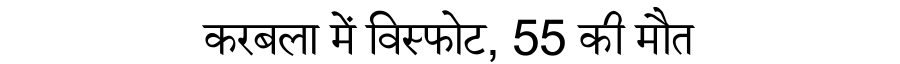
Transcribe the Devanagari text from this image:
करबला में विस्फोट, 55 की मौत